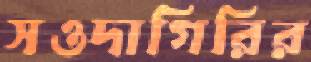
সওদাগিরির